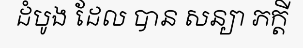
ដំបូង ដែល បាន សន្យា ភក្តី